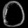
Digit: ၀